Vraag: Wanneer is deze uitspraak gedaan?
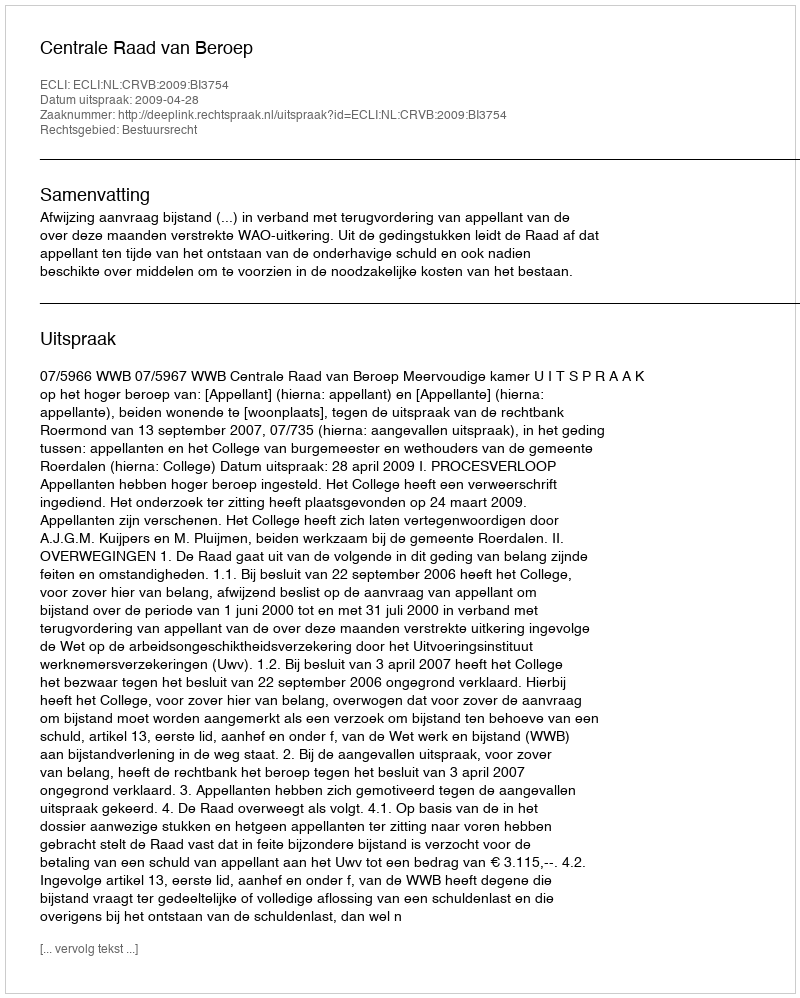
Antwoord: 2009-04-28